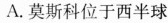
A.莫斯科位于西半球